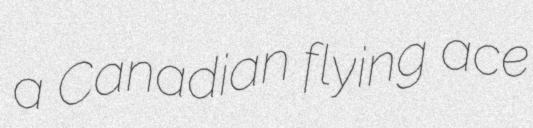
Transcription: a Canadian flying ace